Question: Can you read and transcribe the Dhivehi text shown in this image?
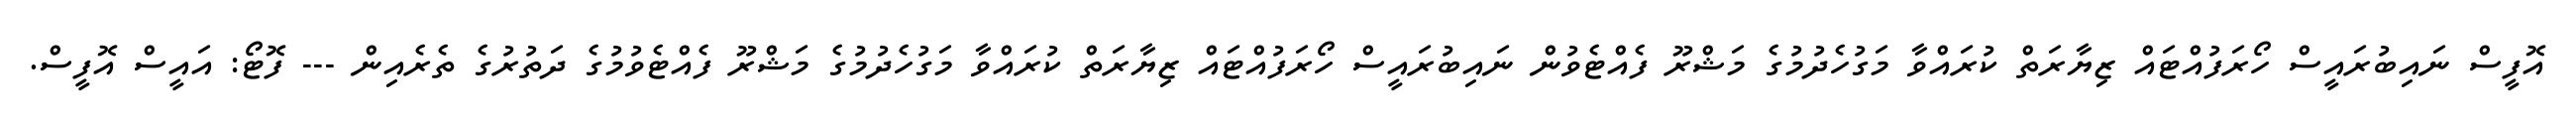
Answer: އޮފީސް ނައިބުރައީސް ހޯރަފުއްޓައް ޒިޔާރަތް ކުރައްވާ މަގުހެދުމުގެ މަޝްރޫ ފެއްޓެވުން ނައިބުރައީސް ހޯރަފުއްޓައް ޒިޔާރަތް ކުރައްވާ މަގުހެދުމުގެ މަޝްރޫ ފެއްޓެވުމުގެ ދަތުރުގެ ތެރެއިން --- ފޮޓޯ: އައީސް އޮފީސް.